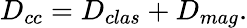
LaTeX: D_{cc}=D_{clas}+D_{mag}.